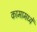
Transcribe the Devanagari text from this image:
कामामध्यें